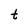
Character: t